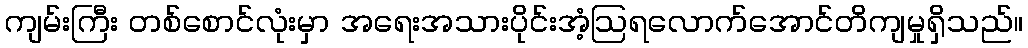
ကျမ်းကြီး တစ်စောင်လုံးမှာ အရေးအသားပိုင်းအံ့ဩရလောက်အောင်တိကျမှုရှိသည်။